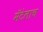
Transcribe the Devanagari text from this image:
मॅटेलाच